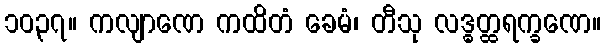
၁၀၃၇။ ကလျာဏေ ကထိတံ ခေမံ၊ တီသု လဒ္ဓတ္ထရက္ခဏေ။